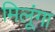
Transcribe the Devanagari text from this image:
मिलूंगा